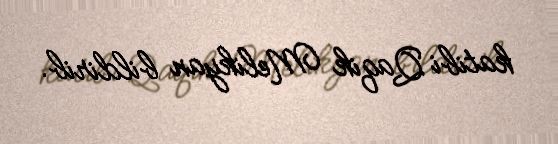
katibi Qaqik Melikyan bildirib.